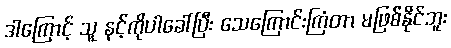
ဒါကြောင့် သူ နင့်ကိုပါခေါ်ပြီး သေကြောင်းကြံတာ မဖြစ်နိုင်ဘူး